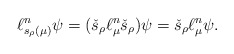
\begin{align*}\ell_{s_{\rho}(\mu)}^n\psi=(\check{s}_{\rho} \ell_{\mu}^n\check{s}_{\rho})\psi =\check{s}_{\rho}\ell_{\mu}^n\psi.\end{align*}